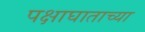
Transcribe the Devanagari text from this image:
पक्षाघाताच्या